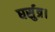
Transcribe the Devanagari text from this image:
घर्सुत्र।